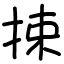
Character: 捒